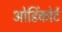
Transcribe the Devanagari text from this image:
ओडिंकोर्ट